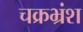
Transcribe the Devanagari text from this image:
चक्रभ्रंश